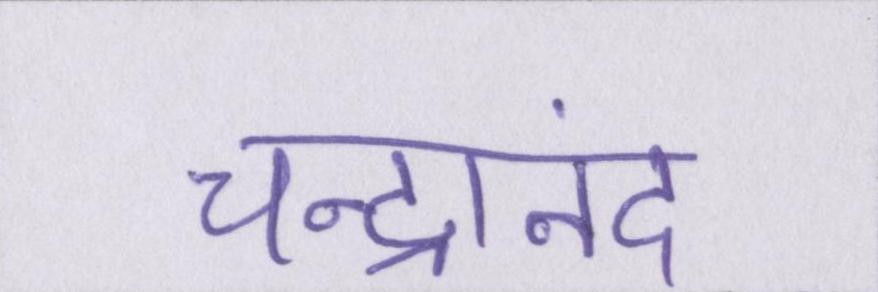
चन्द्रानंद